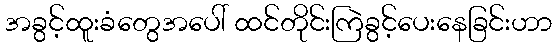
အခွင့်ထူးခံတွေအပေါ် ထင်တိုင်းကြဲခွင့်ပေးနေခြင်းဟာ